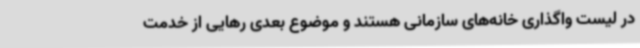
در لیست واگذاری خانه‌های سازمانی هستند و موضوع بعدی رهایی از خدمت